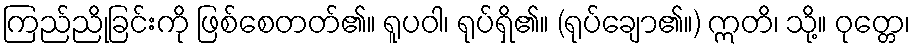
ကြည်ညိုခြင်းကို ဖြစ်စေတတ်၏။ ရူပဝါ၊ ရုပ်ရှိ၏။ (ရုပ်ချော၏။) ဣတိ၊ သို့။ ဝုတ္တေ၊